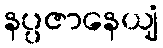
နပ္ပဇာနေယျံ